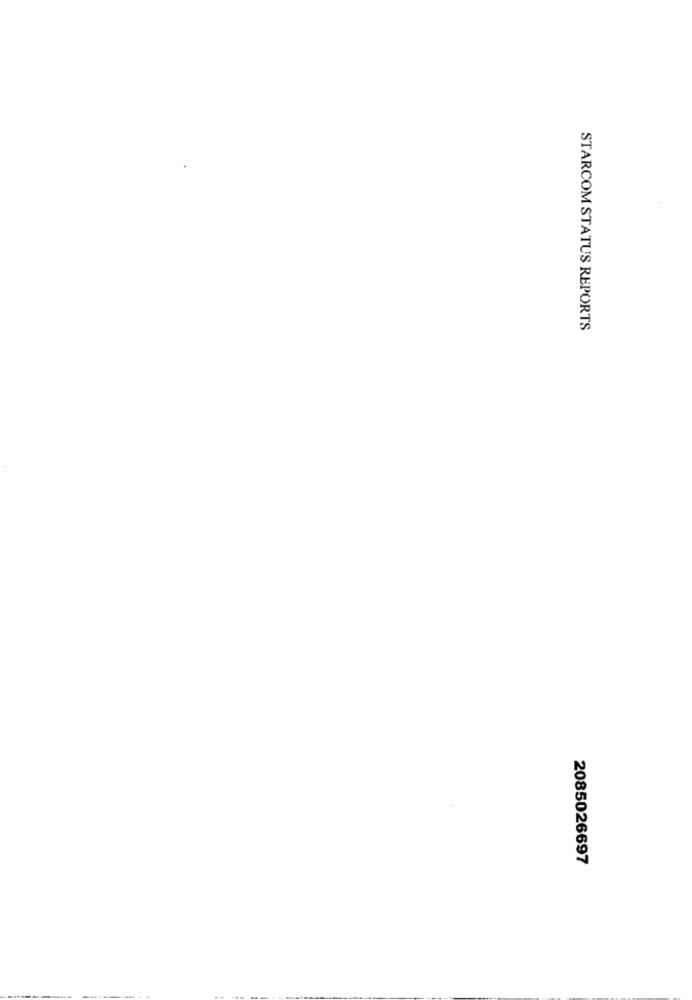
STARCOM STATUS REPORTS
2085026697